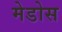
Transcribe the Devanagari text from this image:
मेडोस